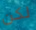
لكن